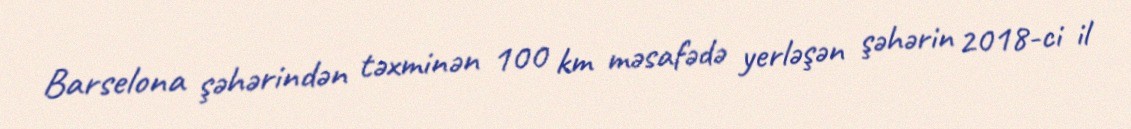
Barselona şəhərindən təxminən 100 km məsafədə yerləşən şəhərin 2018-ci il